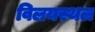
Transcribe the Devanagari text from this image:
विलयस्थल